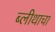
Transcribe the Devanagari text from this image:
ब्लीथाचा